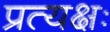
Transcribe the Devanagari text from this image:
प्रत्यक्षः